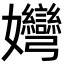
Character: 𡤶